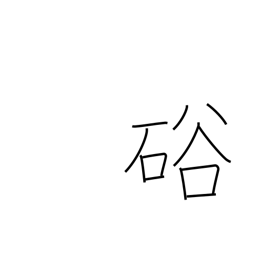
Meaning: gap